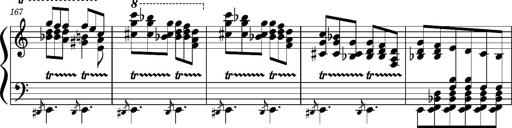
Title: Concerto sans orchestre, S.524a
Composer: Franz Liszt
Key: A major